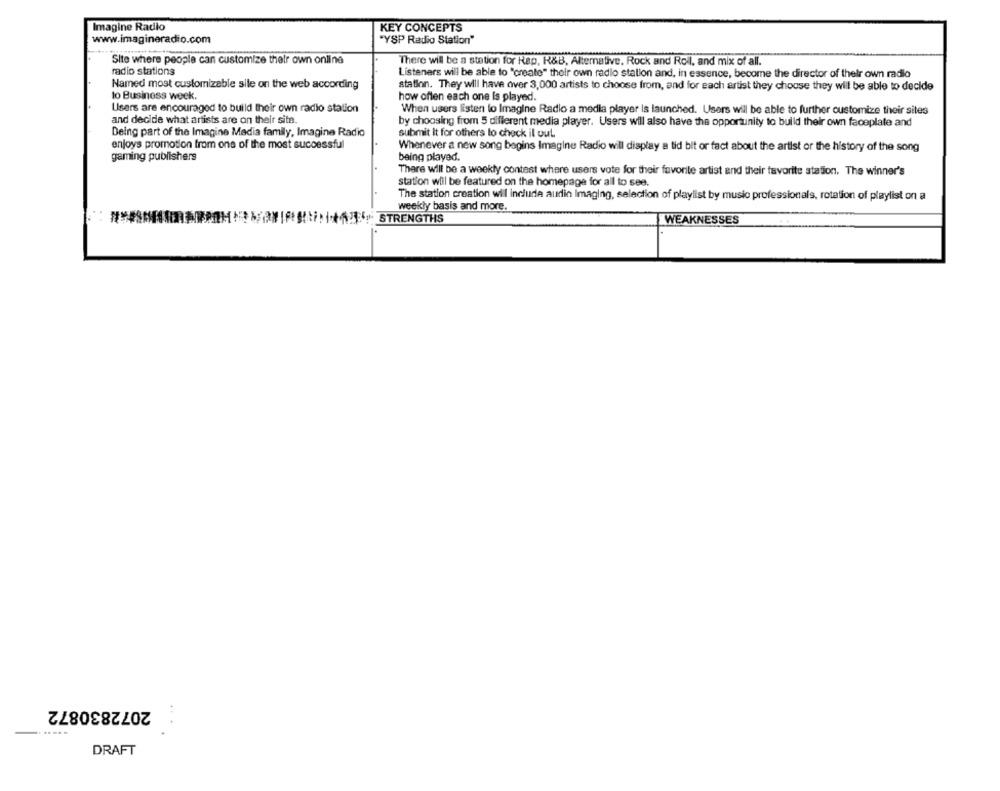
Imagine Radio
KEY CONCEPTS
www.imagineradio.com
"YSP Radio Station"
Site where people can customize their own online
There will be a station for Rap, R&B, Alternative. Rock and Roll, and mix of all.
radio stations
Listeners will be able to "creato" their own radio station and, in essence, become the director of their own radio
Named most customizable sile on the web according
station. They will have over 3,000 artists to choose from, and for each artist they choose they will be able to decide
to Business week.
how often each one Is played.
Users are encouraged to build their own radio station
When users listen to Imagine Radio a media player is launched. Users will be able to further customize their sites
and decide what artists are on their site.
by choosing from 5 different media player. Users will also have the opportunity to build their own faceplate and
Deing part of the Imagine Madia family, Imagine Radio
submit It for others to check il out.
enjoys promotion from one of the most successful
Whenever a new song begins Imagine Radio will display a tid bit or fact about the artist or the history of the song
gaming publishers
being played.
There will be a weekly contest where users vote for their favorite artist and their favorite station. The winner's
station will be featured on the homepage for all to see.
The station creation will include audin Imaging, selection of playlist by music professionals, rotation of playlist on a
weekly basis and more.
. STRENGTHS
WEAKNESSES
2072830872
..
..
DRAFT